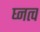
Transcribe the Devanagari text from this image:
घ्नत्व